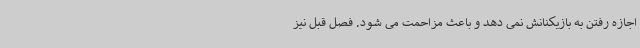
اجازه رفتن به بازیکنانش نمی دهد و باعث مزاحمت می شود. فصل قبل نیز